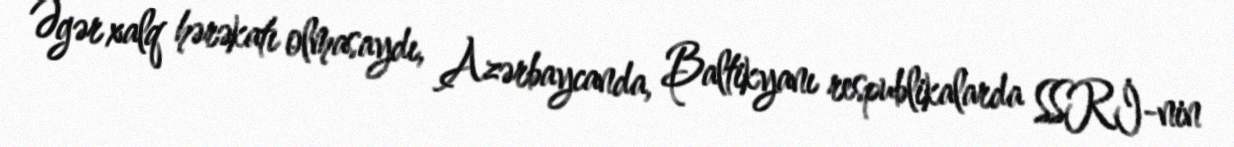
Əgər xalq hərəkatı olmasaydı, Azərbaycanda, Baltikyanı respublikalarda SSRİ-nin